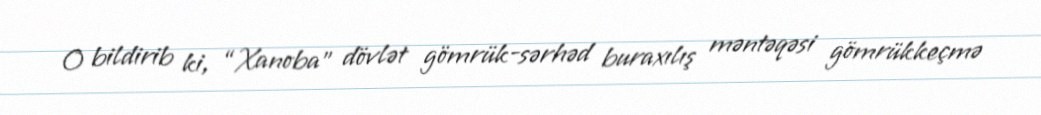
O bildirib ki, “Xanoba” dövlət gömrük-sərhəd buraxılış məntəqəsi gömrükkeçmə